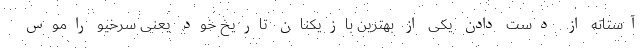
آستانه از دست دادن یکی از بهترین بازیکنان تاریخ خود یعنی سرخیو راموس